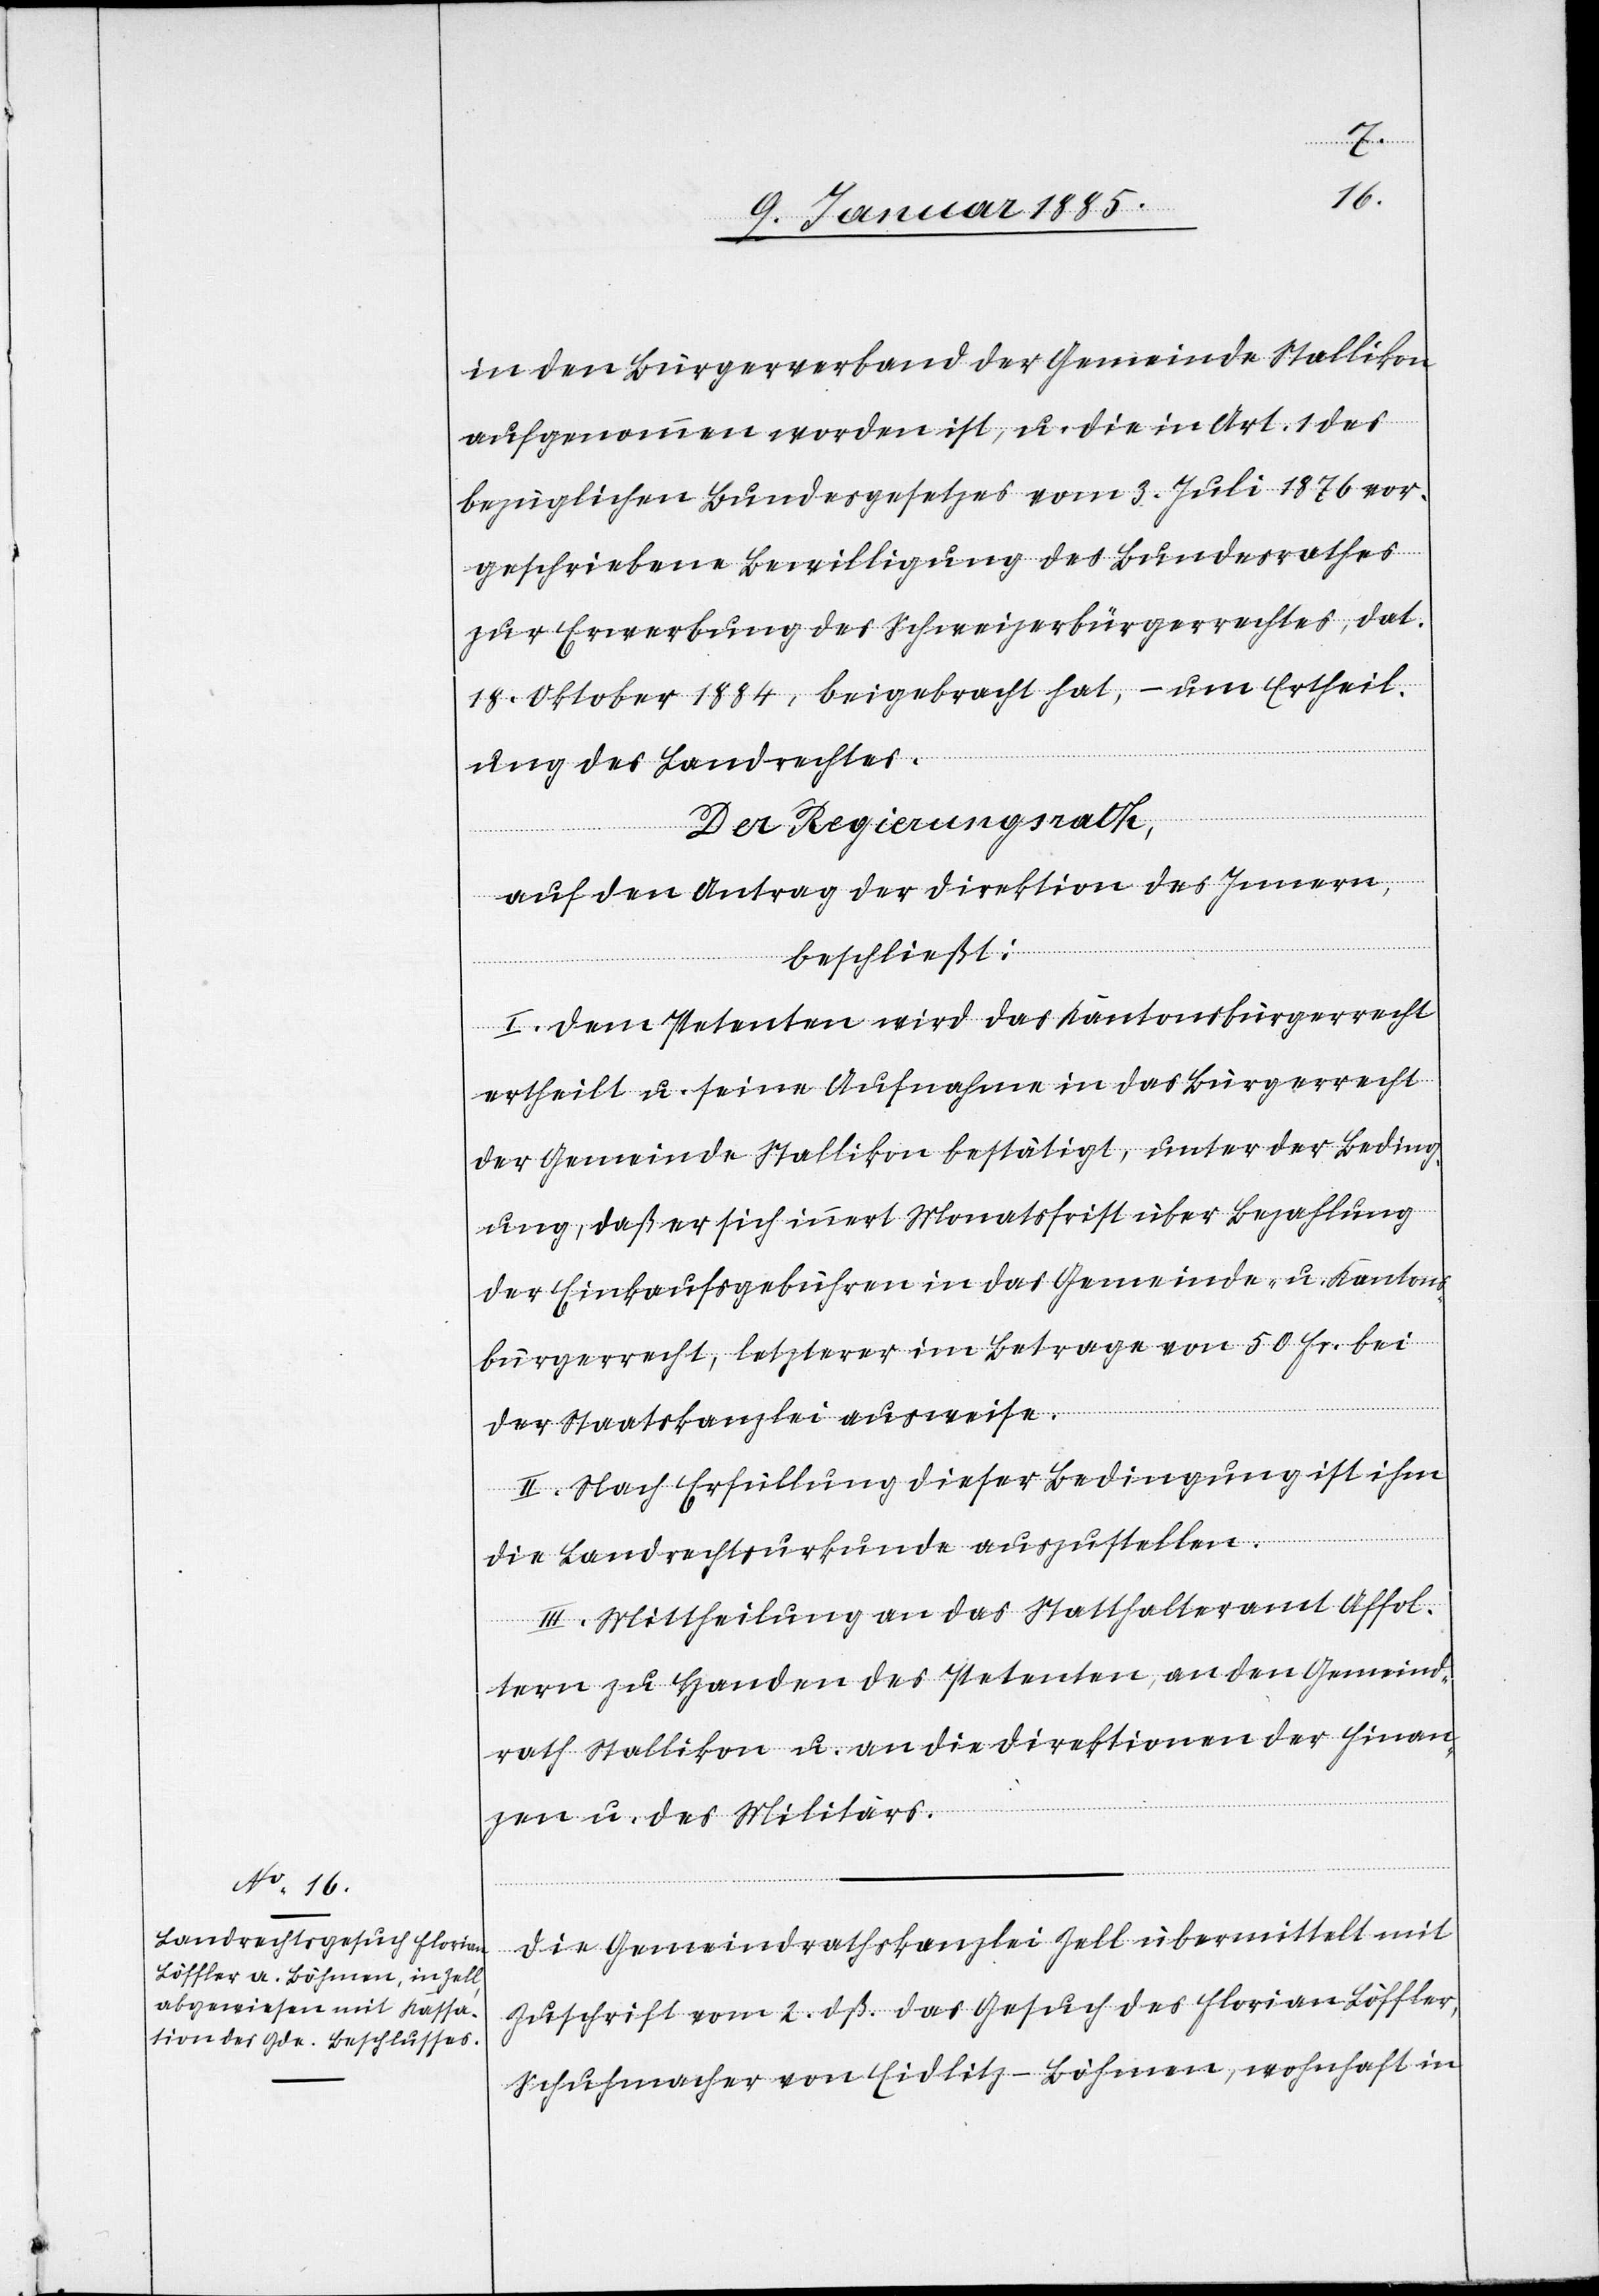
in den Bürgerverband der Gemeinde Stallikon
aufgenommen worden ist, u. die in Art. 1 des
bezüglichen Bundesgesetzes vom 3. Juli 1876 vor¬
geschriebene Bewilligung des Bundesrathes
zur Erwerbung des Schweizerbürgerrechtes, dat.
18. Oktober 1884, beigebracht hat, – um Ertheil¬
ung des Landrechtes.
Der Regierungsrath,
auf den Antrag der Direktion des Innern,
beschließt:
I. Dem Petenten wird das Kantonsbürgerrecht
ertheilt u. seine Aufnahme in das Bürgerrecht
der Gemeinde Stallikon bestätigt, unter der Beding¬
ung, daß er sich innert Monatsfrist über Bezahlung
der Einkaufsgebühren in das Gemeinde- u. Kantons¬
bürgerrecht, letzterer im Betrage von 50 Fr. bei
der Staatskanzlei ausweise.
II. Nach Erfüllung dieser Bedingung ist ihm
die Landrechtsurkunde auszustellen.
III. Mittheilung an das Statthalteramt Affol¬
tern zu Handen des Petenten, an den Gemeind¬
rath Stallikon u. an die Direktion der Finan¬
zen u. des Militärs.
Die Gemeinderathskanzlei Zell übermittelt mit
Zuschrift vom 2. dß. das Gesuch des Florian Löffler,
Schuhmacher von Eidlitz - Böhmen, wohnhaft in